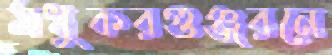
মধুকরগুঞ্জরনে